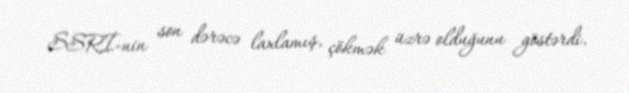
SSRİ-nin son dərəcə laxlamış, çökmək üzrə olduğunu göstərdi.